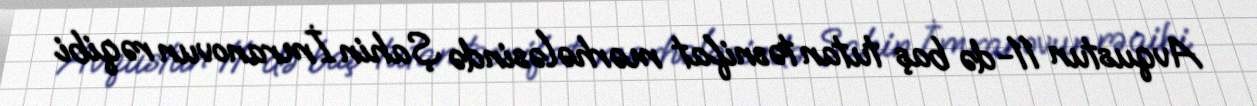
Avqustun 11-də baş tutan təsnifat mərhələsində Şahin İmranovun rəqibi